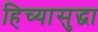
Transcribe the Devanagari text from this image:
हिच्यासुद्धा